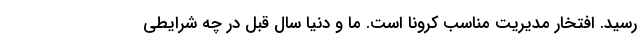
رسید. افتخار مدیریت مناسب کرونا است. ما و دنیا سال قبل در چه شرایطی